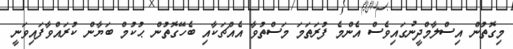
މިގޮތުން އިސްލާމްދީނުގައިވެސް އެންމެ ފުރަތަމަ މަސްތުވާ އެއްޗަކާއި ބެހޭގޮތުން ޙުކުމް ބަޔާން ކުރައްވާފައިވަނީ